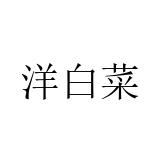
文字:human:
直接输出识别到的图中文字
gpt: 洋白菜